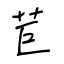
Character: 苣